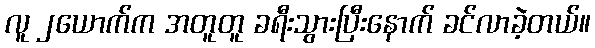
လူ ၂ယောက်က အတူတူ ခရီးသွားပြီးနောက် ခင်လာခဲ့တယ်။